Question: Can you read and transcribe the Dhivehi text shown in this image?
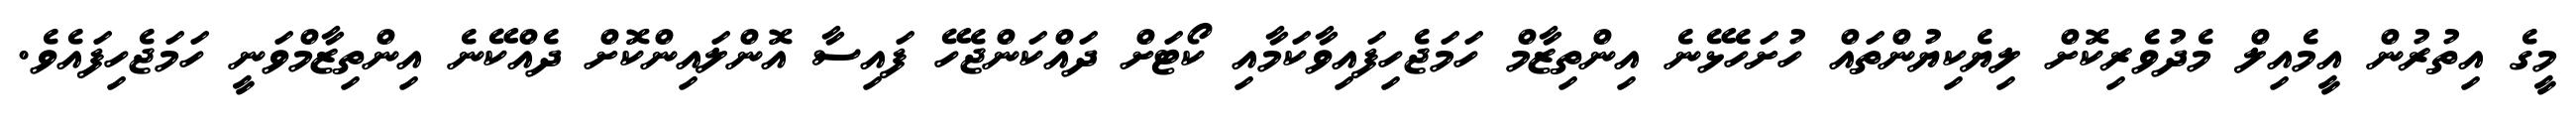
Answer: މީގެ އިތުރުން އީމެއިލް މެދުވެރިކޮށް ލިޔެކިޔުންތައް ހުށަހެޅޭނެ އިންތިޒާމް ހަމަޖެހިފައިވާކަމާއި ކޯޓަށް ދައްކަންޖެހޭ ފައިސާ އޮންލައިންކޮށް ދެއްކޭނެ އިންތިޒާމްވަނީ ހަމަޖެހިފައެވެ.